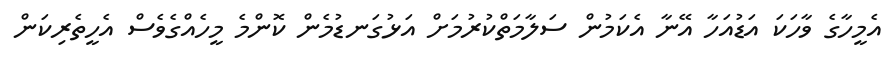
އެމީހާގެ ވާހަކަ އަޑުއަހާ އޭނާ އެކަމުން ސަލާމަތްކުރުމަށް އަޅުގަނޑުމެން ކޮންމެ މީހެއްގެވެސް އެހީތެރިކަން